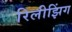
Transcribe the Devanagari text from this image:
रिलीझिंग